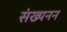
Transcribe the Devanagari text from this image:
संख्यनन